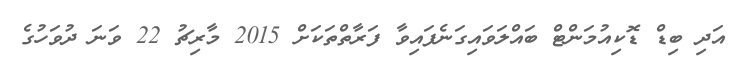
އަދި ބިޑް ޑޮކިއުމަންޓް ބައްލަވައިގަނެފައިވާ ފަރާތްތަކަށްް 2015 މާރިޗު 22 ވަނަ ދުވަހުގެ